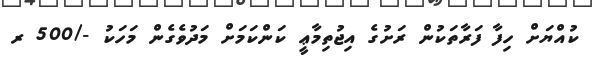
ކުއްޔަށް ހިފާ ފަރާތަކުން ރަށުގެ އިޖުތިމާޢީ ކަންކަމަށް މަދުވެގެން މަހަކު -/500 ރ